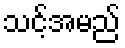
သင့်အမည်